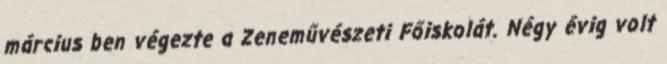
március ben végezte a Zeneművészeti Főiskolát. Négy évig volt